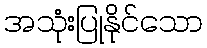
အသုံးပြုနိုင်သော